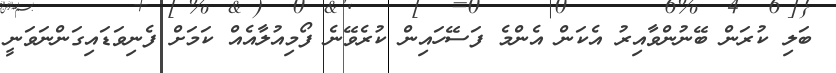
ބަލި ކުރަން ބޭނުންވާއިރު އެކަން އެންމެ ފަސޭހައިން ކުރެވޭނެ ފޯމިއުލާއެއް ކަމަށް ފެނިވަޑައިގަންނަވަނީ